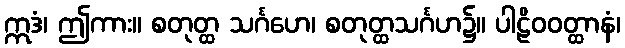
ဣဒံ၊ ဤကား။ စတုတ္ထ သင်္ဂဟေ၊ စတုတ္ထသင်္ဂဟ၌။ ပါဠိဝဝတ္ထာနံ၊